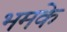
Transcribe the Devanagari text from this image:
भमके